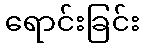
ရောင်းခြင်း